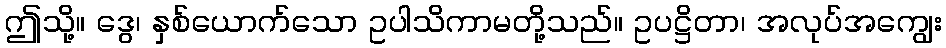
ဤသို့။ ဒွေ၊ နှစ်ယောက်သော ဥပါသိကာမတို့သည်။ ဥပဋ္ဌိတာ၊ အလုပ်အကျွေး